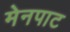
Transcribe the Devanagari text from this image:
मेनपाट